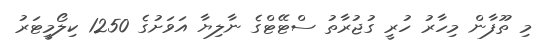
މި ތޫފާން މިހާރު ހުރީ ގުޖުރާތު ސްޓޭޓްގެ ނާލިޔާ އަވަށުގެ 1250 ކިލޯމީޓަރު